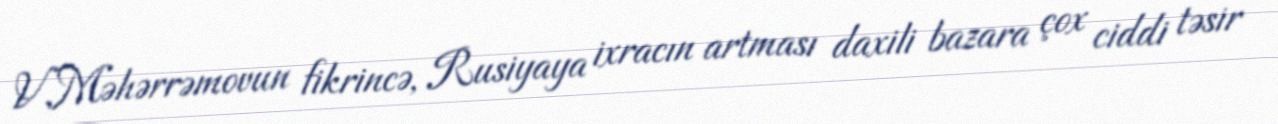
V.Məhərrəmovun fikrincə, Rusiyaya ixracın artması daxili bazara çox ciddi təsir